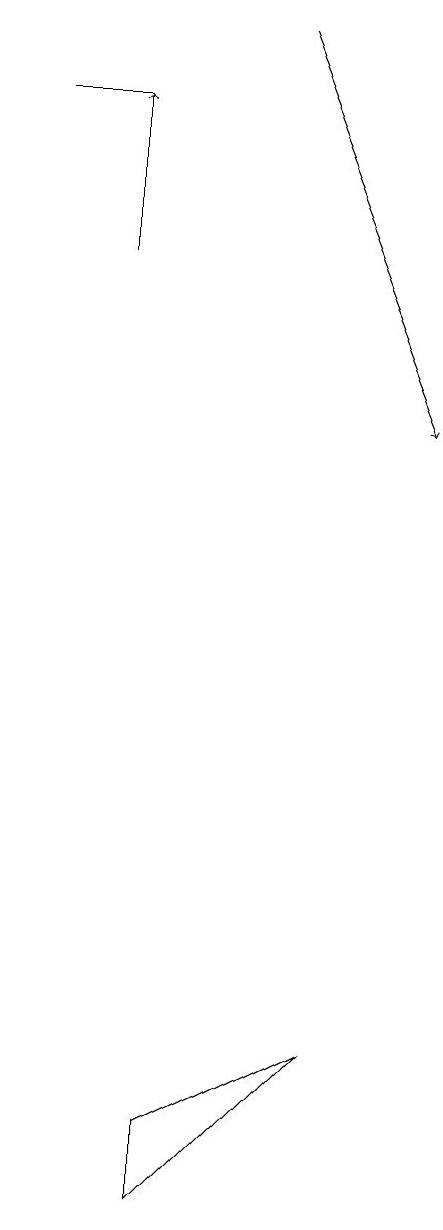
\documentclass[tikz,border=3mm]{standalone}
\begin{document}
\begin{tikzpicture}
\draw[->] (4,14) -- (4,16);
\draw[->] (6,17) -- (8,12);
\draw (5,2) -- (7,4) -- (5,3) -- cycle;
\draw (3,16) rectangle (4,16);
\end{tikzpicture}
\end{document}